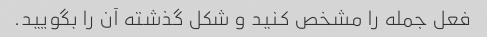
فعل جمله را مشخص کنید و شکل گذشته آن را بگویید.